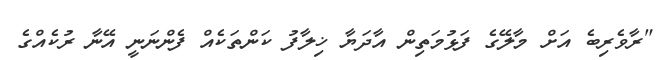
"ރާވެރިބެ އަށް މާލޭގެ ފަޅުމަތިން އާދަޔާ ޚިލާފު ކަންތަކެއް ފެންނަނީ އޭނާ ރުކެއްގެ